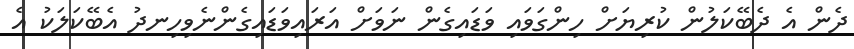
ދެން އެ ދެބޭކަލުން ކުރިޔަށް ހިންގަވައި ވަޑައިގެން ނަވަށް އަރައިވަޑައިގެންނެވިހިނދު އެބޭކަލަކު އެ